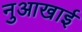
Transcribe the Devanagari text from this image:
नुआखाई